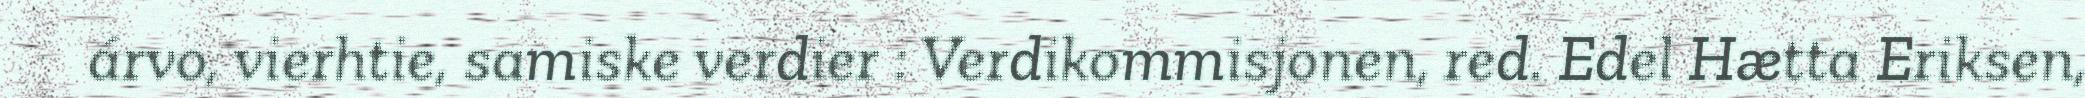
árvo, vierhtie, samiske verdier : Verdikommisjonen, red. Edel Hætta Eriksen,